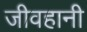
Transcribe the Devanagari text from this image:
जीवहानी